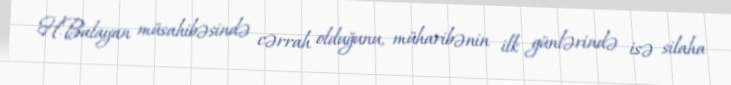
H.Balayan müsahibəsində cərrah olduğunu, müharibənin ilk günlərində isə silaha